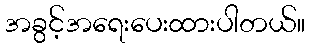
အခွင့်အရေးပေးထားပါတယ်။